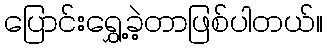
ပြောင်းရွှေ့ခဲ့တာဖြစ်ပါတယ်။